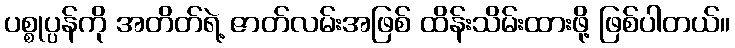
ပစ္စုပ္ပန်ကို အတိတ်ရဲ့ ဇာတ်လမ်းအဖြစ် ထိန်းသိမ်းထားဖို့ ဖြစ်ပါတယ်။